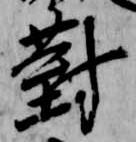
対